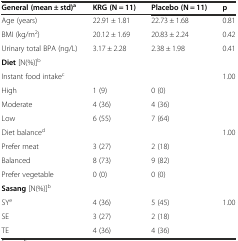
<table><thead><tr><td><b>General (mean ± std)<sup>a</sup></b></td><td><b>KRG (N = 11)</b></td><td><b>Placebo (N = 11)</b></td><td><b>p</b></td></tr></thead><tbody><tr><td>Age (years)</td><td>22.91 ± 1.81</td><td>22.73 ± 1.68</td><td>0.81</td></tr><tr><td>BMI (kg/m<sup>2</sup>)</td><td>20.12 ± 1.69</td><td>20.83 ± 2.24</td><td>0.42</td></tr><tr><td>Urinary total BPA (ng/L)</td><td>3.17 ± 2.28</td><td>2.38 ± 1.98</td><td>0.41</td></tr><tr><td><b>Diet</b> [N(%)]<sup>b</sup></td><td></td><td></td><td></td></tr><tr><td>Instant food intake<sup>c</sup></td><td></td><td></td><td>1.00</td></tr><tr><td>High</td><td>1 (9)</td><td>0 (0)</td><td></td></tr><tr><td>Moderate</td><td>4 (36)</td><td>4 (36)</td><td></td></tr><tr><td>Low</td><td>6 (55)</td><td>7 (64)</td><td></td></tr><tr><td>Diet balance<sup>d</sup></td><td></td><td></td><td>1.00</td></tr><tr><td>Prefer meat</td><td>3 (27)</td><td>2 (18)</td><td></td></tr><tr><td>Balanced</td><td>8 (73)</td><td>9 (82)</td><td></td></tr><tr><td>Prefer vegetable</td><td>0 (0)</td><td>0 (0)</td><td></td></tr><tr><td><b>Sasang</b> [N(%)]<sup>b</sup></td><td></td><td></td><td></td></tr><tr><td>SY<sup>e</sup></td><td>4 (36)</td><td>5 (45)</td><td>1.00</td></tr><tr><td>SE</td><td>3 (27)</td><td>2 (18)</td><td></td></tr><tr><td>TE</td><td>4 (36)</td><td>4 (36)</td><td></td></tr></tbody></table>